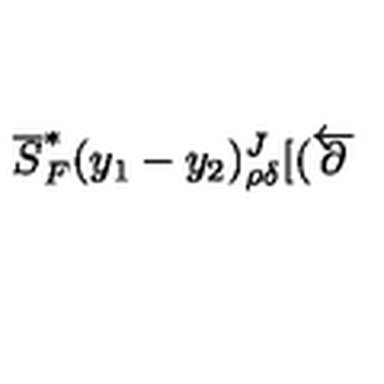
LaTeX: \overline { { S } } _ { F } ^ { * } ( y _ { 1 } - y _ { 2 } ) _ { \rho \delta } ^ { J } [ ( \overleftarrow { { \bf \partial } }